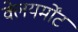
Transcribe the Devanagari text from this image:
क्लेयर्मोंट